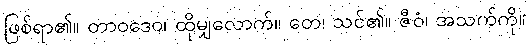
ဖြစ်ရာ၏။ တာဝဒေဝ၊ ထိုမျှလောက်။ တေ၊ သင်၏။ ဇီဝံ၊ အသက်ကို။